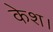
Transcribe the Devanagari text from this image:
केश।